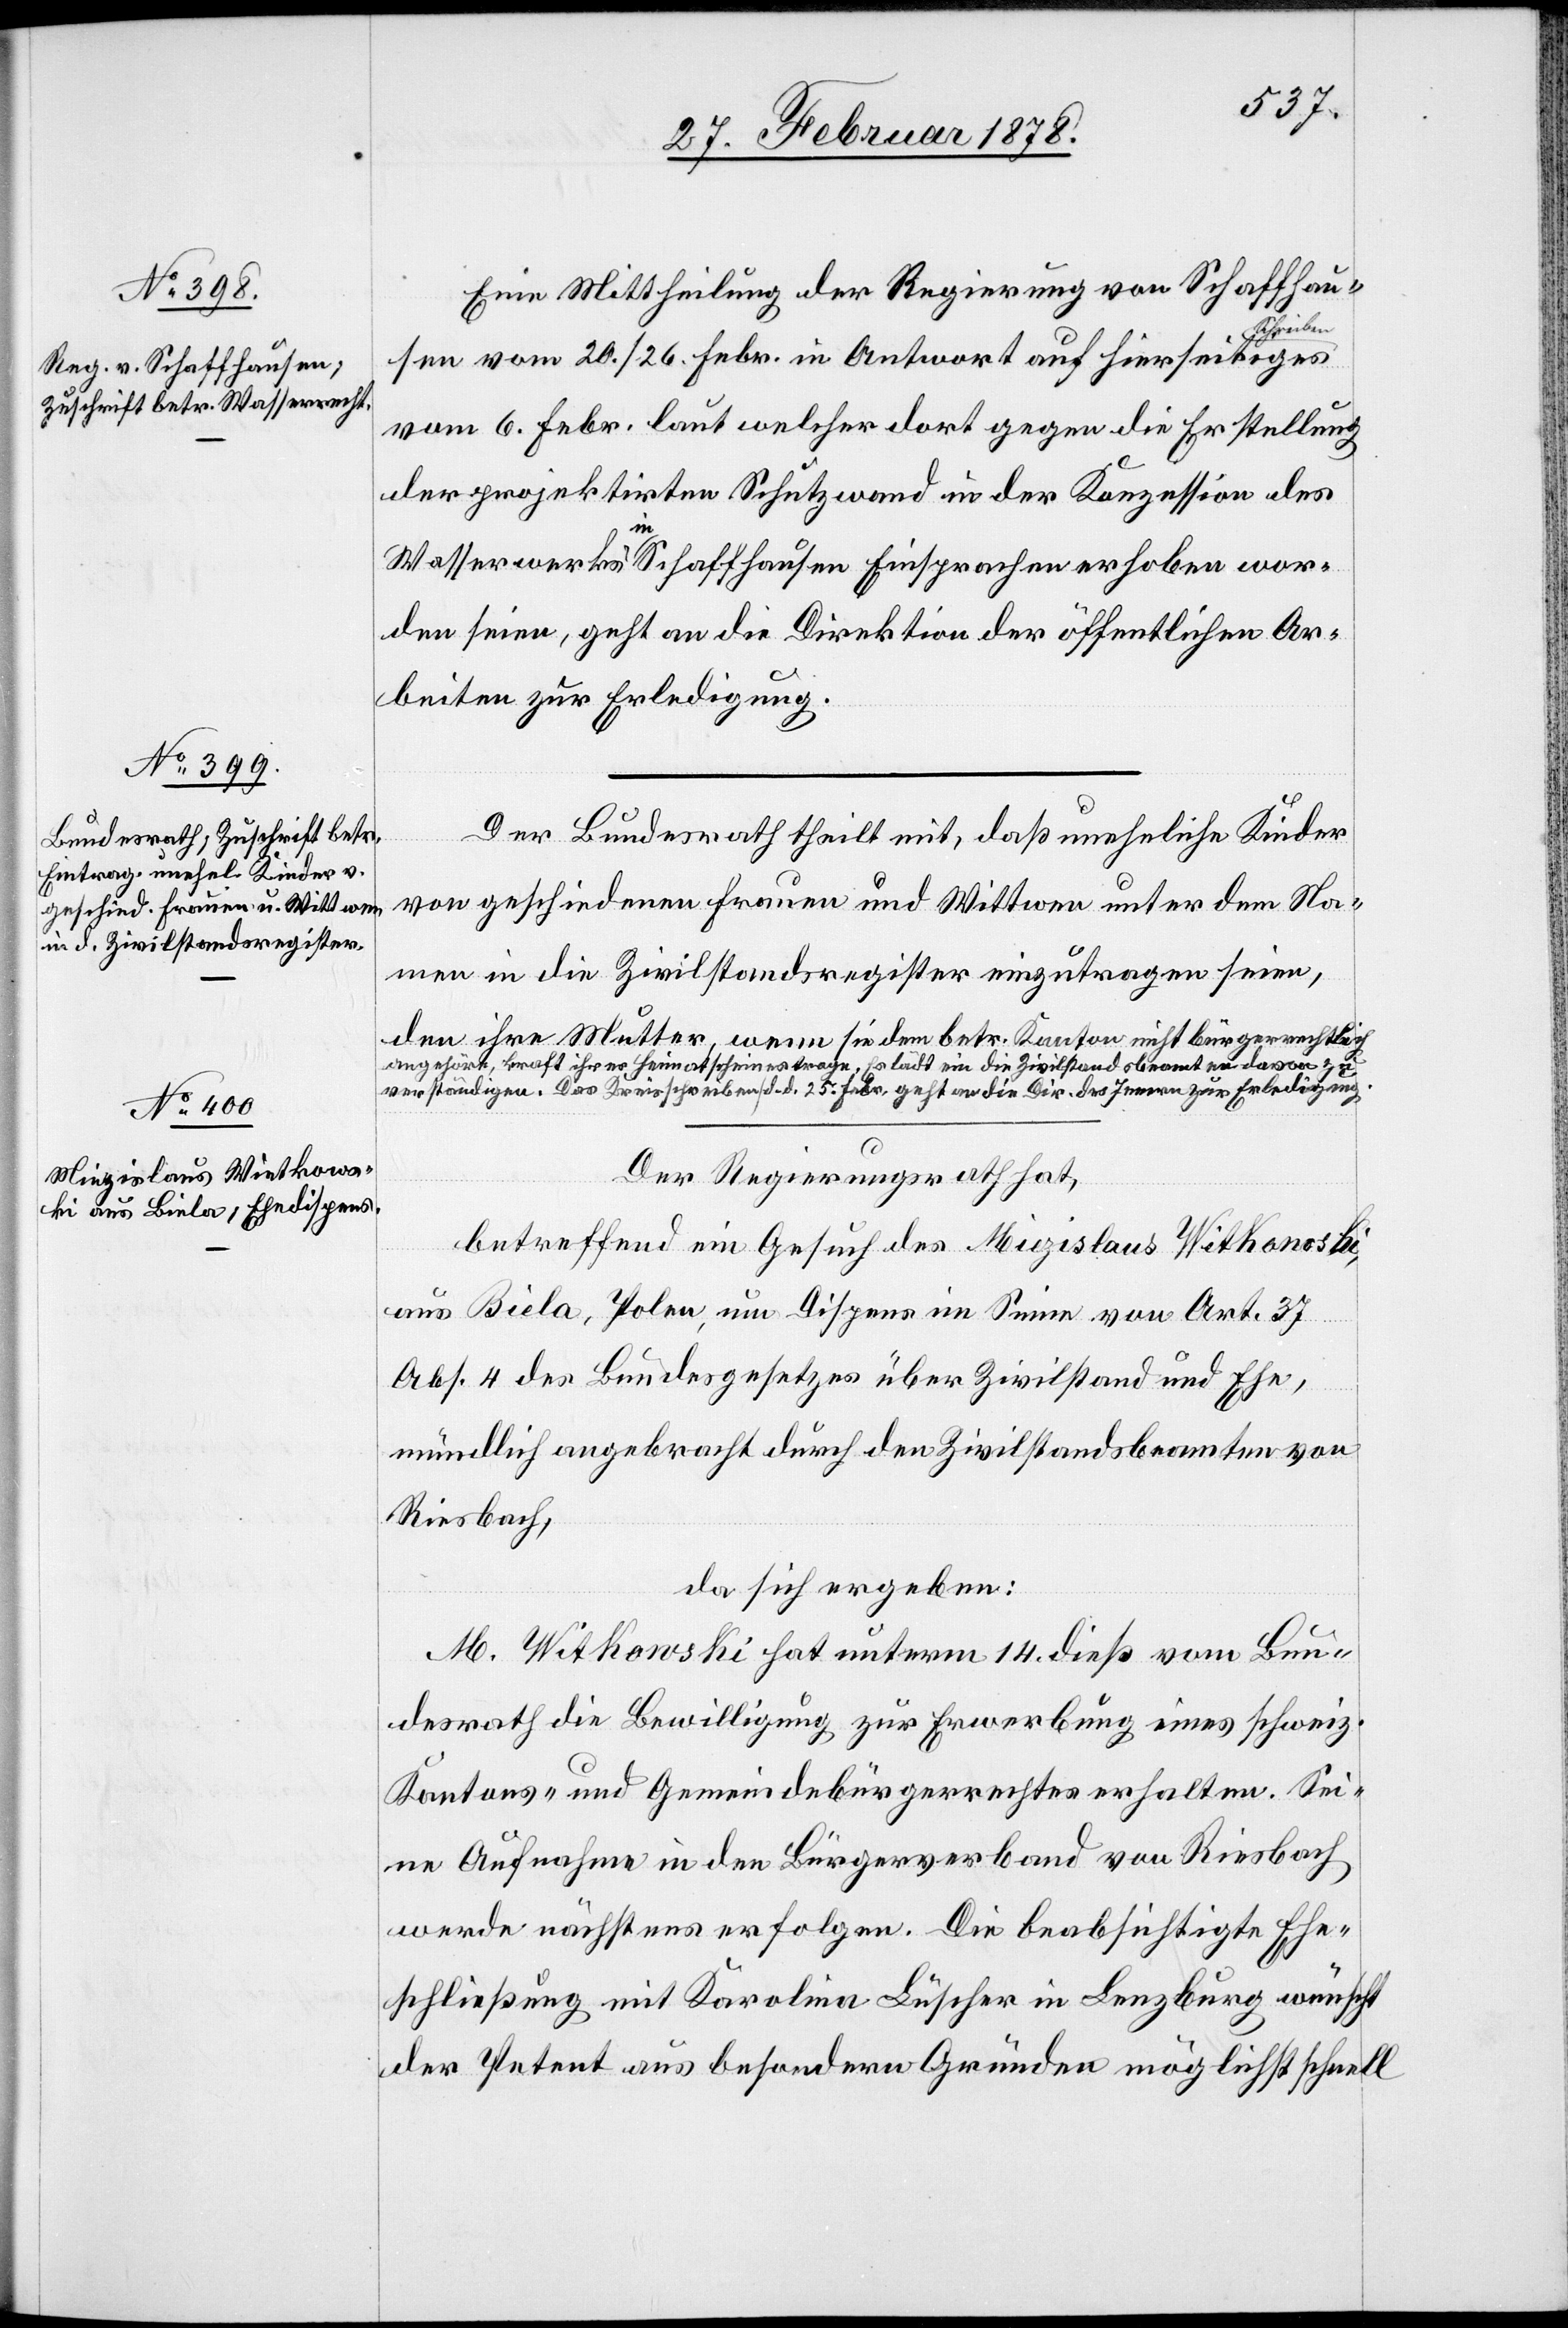
28. Februar 1878.]
Eine Mittheilung der Regierung von Schaffhau¬
ben
sen vom 20./26. Febr. in Antwort auf hierseitiges
vom 6. Febr. laut welcher dort gegen die Erstellung
der projektirten Schutzwand in der Konzession des
Wasserwerkes in Schaffhausen Einsprachen erhoben wor¬
den seien, geht an die Direktion der öffentlichen Ar¬
beiten zur Erledigung.
Der Bundesrath theilt mit, daß uneheliche Kinder
von geschiedenen Frauen und Wittwen unter dem Na¬
men in die Zivilstandsregister einzutragen seien,
den ihre Mutter, wenn sie dem betr. Kanton nicht bürgerrechtlich
angehört, kraft ihres Heimatscheines trage. Er lädt ein die Zivilstandsbeamten davon zu
verständigen. Das Kreisschreiben (d. d. 25. Febr.) geht an die Dir. des Innern zur Erledigung.
Der Regierungsrath hat,
betreffend ein Gesuch des Miezislaus Witkowski
aus Biela, Polen, um Dispens im Sinne von Art. 37
Abs. 4 des Bundesgesetzes über Zivilstand und Ehe,
mündlich angebracht durch den Zivilstandsbeamten von
Riesbach,
da sich ergeben:
M. Witkowski hat unterm 14. dieß vom Bun¬
desrath die Bewilligung zur Erwerbung eines schweiz.
Kantons- und Gemeindebürgerrechtes erhalten. Sei¬
ne Aufnahme in den Bürgerverband von Riesbach
werde nächstens erfolgen. Die beabsichtigte Ehe¬
schließung mit Karolina Lüscher in Lenzburg wünscht
der Petent aus besonderen Gründen möglichst schnell